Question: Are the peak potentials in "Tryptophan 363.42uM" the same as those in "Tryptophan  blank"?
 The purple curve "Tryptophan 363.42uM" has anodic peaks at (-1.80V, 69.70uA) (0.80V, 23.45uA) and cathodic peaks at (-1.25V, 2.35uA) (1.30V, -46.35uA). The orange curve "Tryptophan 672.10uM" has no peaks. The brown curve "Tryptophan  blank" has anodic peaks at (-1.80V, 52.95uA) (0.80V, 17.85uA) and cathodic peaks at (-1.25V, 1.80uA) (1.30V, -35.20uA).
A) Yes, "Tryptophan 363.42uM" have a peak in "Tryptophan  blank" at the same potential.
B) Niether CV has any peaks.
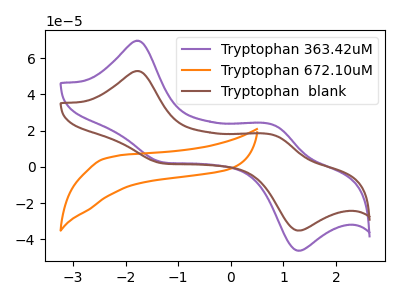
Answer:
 <answer>A) Yes, "Tryptophan 363.42uM" have a peak in "Tryptophan  blank" at the same potential.</answer>
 <eval>A</eval>